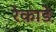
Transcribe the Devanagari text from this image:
रेकाडे